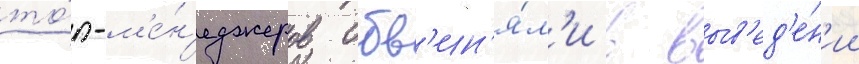
то́п-м'е́н'еджеров обв'ин'я́л'и в выв'ед'е́н'ии